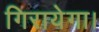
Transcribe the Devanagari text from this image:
गिरायेगा।